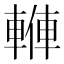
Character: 𨍙